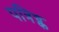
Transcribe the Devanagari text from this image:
पत्रिच्क